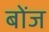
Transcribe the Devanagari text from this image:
बोंज